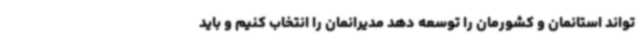
تواند استانمان و کشورمان را توسعه دهد مدیرانمان را انتخاب کنیم و باید